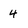
Character: 4